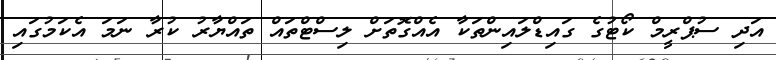
އަދި ސުޕްރީމް ކޯޓުގެ ގައިޑްލައިންތަކާ އެއްގޮތަށް ލިސްޓްތައް ތައްޔާރު ކުރާ ނަމަ އެކަމުގައި